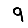
Digit: 9